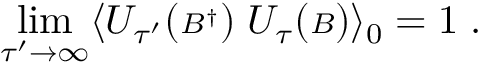
\operatorname * { l i m } _ { \tau ^ { \prime } \rightarrow \infty } \langle { \cal U } _ { \tau ^ { \prime } } ( { \scriptstyle { \cal B } ^ { \dagger } } ) \; { \cal U } _ { \tau } ( { \scriptstyle { \cal B } } ) \rangle _ { 0 } = 1 \; .